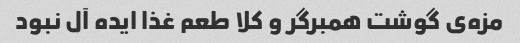
مزه‌ی گوشت همبرگر و کلا طعم غذا ایده آل نبود